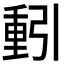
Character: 𮡕